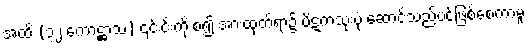
အထိ (၃၂ ကောဋ္ဌာသ) ၎င်းင်းကို စ၍ အားထုတ်ရာ၌ ပိဋကသုံးပုံ ဆောင်သည်ပင်ဖြစ်စေကာမူ